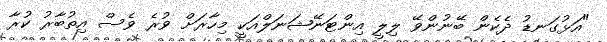
"އަޅުގަނޑު ދެކެން ބޭނުންވޭ ލިލީ އިންޓަނޭޝަނަލްއަކީ މިހާރަށް ވުރެ ވެސް އިތުބާރު ކުރާ